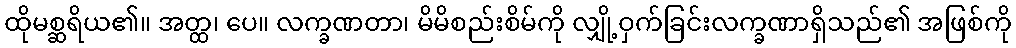
ထိုမစ္ဆရိယ၏။ အတ္ထ၊ ပေ။ လက္ခဏတာ၊ မိမိစည်းစိမ်ကို လျှို့ဝှက်ခြင်းလက္ခဏာရှိသည်၏ အဖြစ်ကို